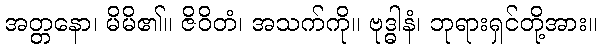
အတ္တနော၊ မိမိ၏။ ဇိဝိတံ၊ အသက်ကို။ ဗုဒ္ဓါနံ၊ ဘုရားရှင်တို့အား။